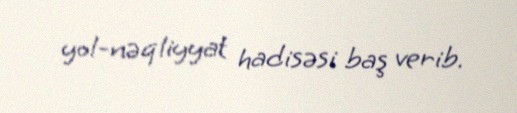
yol-nəqliyyat hadisəsi baş verib.